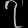
Digit: ၇